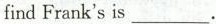
find Frank's is ___.